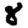
Digit: 8